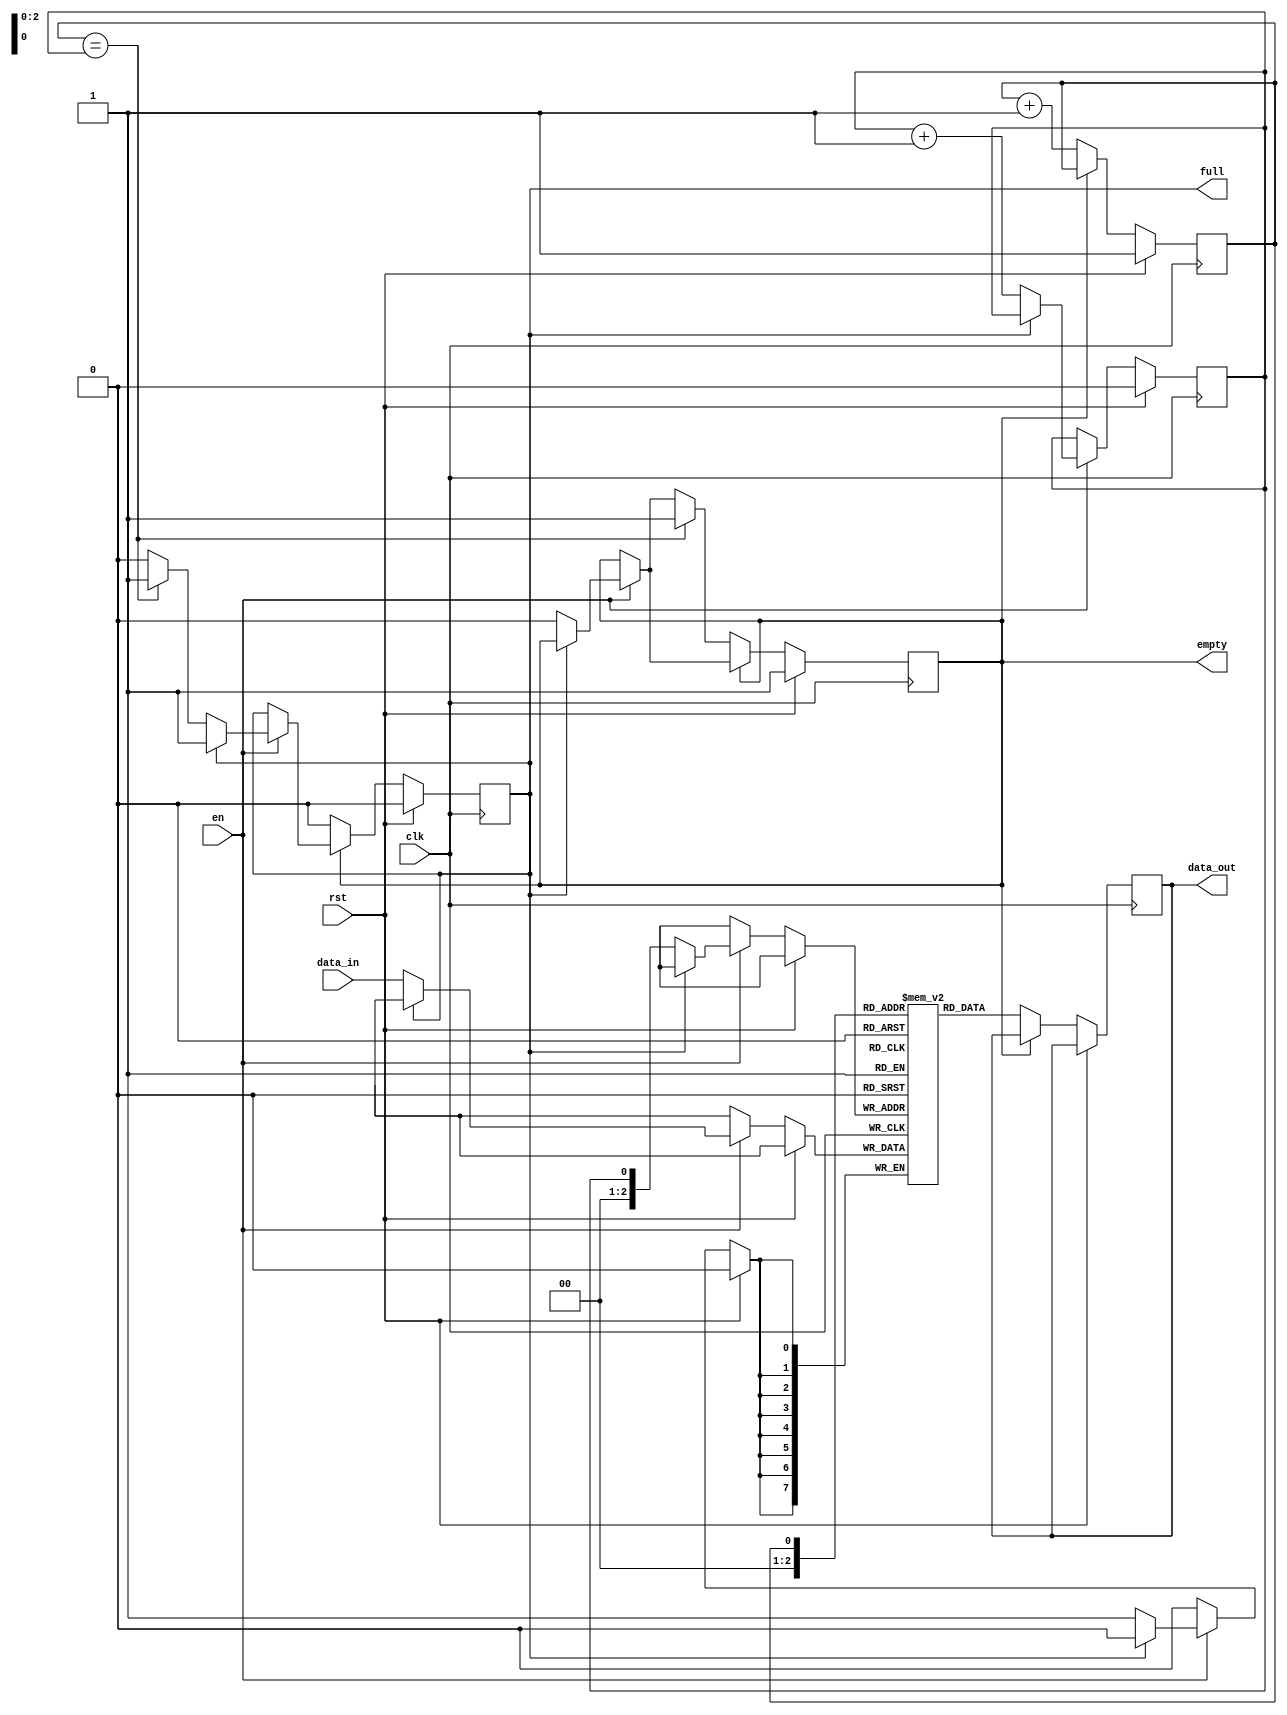
module FIFO (
    input wire clk,
    input wire rst,
    input wire en,
    input wire [7:0] data_in,
    output reg [7:0] data_out,
    output wire full,
    output wire empty
);

reg [7:0] memory [0:7];
reg head = 3;
reg tail = 0;
reg full = 0;
reg empty = 1;

always @ (posedge clk) begin
    if (rst) begin
        head <= 3;
        tail <= 0;
        full <= 0;
        empty <= 1;
    end else begin
        if (en) begin
            if (!full) begin
                memory[tail] <= data_in;
                tail <= (tail == 7) ? 0 : tail + 1;
                empty <= 0;
                if (head == tail) begin
                    full <= 1;
                end
            end
        end
        if (!empty) begin
            data_out <= memory[head];
            head <= (head == 7) ? 0 : head + 1;
            full <= 0;
            if (head == tail) begin
                empty <= 1;
            end
        end        
    end
end

endmodule